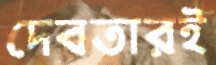
দেবতারই